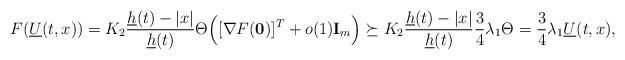
LaTeX: \begin{align*}F(\underline U(t,x))=K_2 \frac{\underline h(t)-|x|}{\underline h(t)}\Theta \Big([\nabla F({\bf 0})]^T+o(1){\bf I}_m\Big)\succeq K_2\frac{\underline h(t)-|x|}{\underline h(t)}\frac{3}{4}\lambda_1\Theta=\frac{3}{4}\lambda_1 \underline U(t,x),\end{align*}